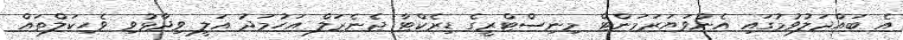
އެ ބައްދަލުވުމުގައި އެންވަޔަރަމަންޓް މިނިސްޓްރީގެ ޑިރެކްޓާ ޖެނެރަލް އަހުމަދު އަލީ ވިދާޅުވި ވެހިކަލްތައް